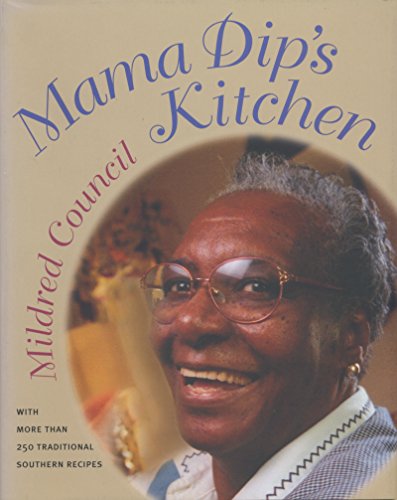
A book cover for Mama Dip's Kitchen; Mildred Council; Cookbooks, Food & Wine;